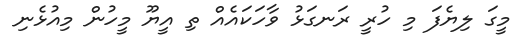
މީގަ ލިޔެފަ މި ހުރީ ރަނގަޅު ވާހަކައެއް ތި އީޔޫ މީހުން މިއުޅެނި